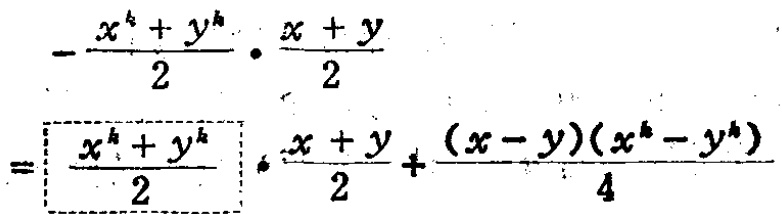
\[

-\frac{x^{k}+y^{k}}{2}\cdot\frac{x + y}{2}

\]

\[

=\frac{x^{k}+y^{k}}{2}\cdot\frac{x + y}{2}+\frac{(x - y)(x^{k}-y^{k})}{4}

\]